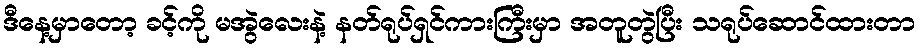
ဒီနေ့မှာတော့ ခင့်ကို မအွဲလေးနဲ့ နတ်ရုပ်ရှင်ကားကြီးမှာ အတူတွဲပြီး သရုပ်ဆောင်ထားတာ